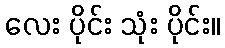
လေး ပိုင်း သုံး ပိုင်း။